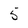
Character: 5